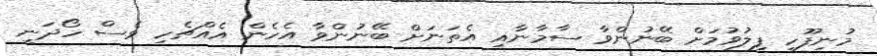
މުނިފޫހި ފިލުވުމަށް ބޭނުންވާ ސާމާނާއި އެތަނަށް ބޭނުންވާ އެހެން އެއްޗެހި ވެސް ހޯދަނީ